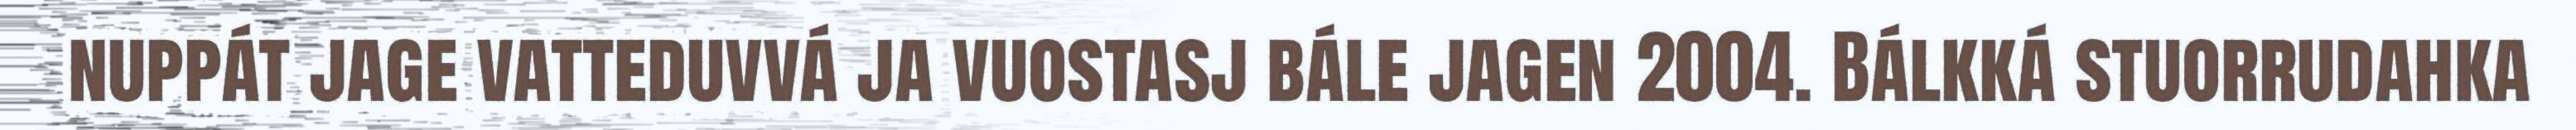
nuppát jage vatteduvvá ja vuostasj bále jagen 2004. Bálkká stuorrudahka